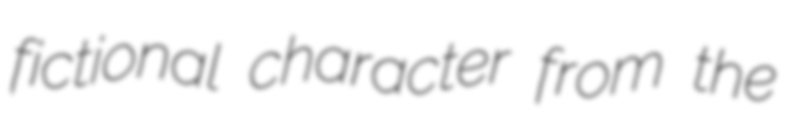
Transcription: fictional character from the